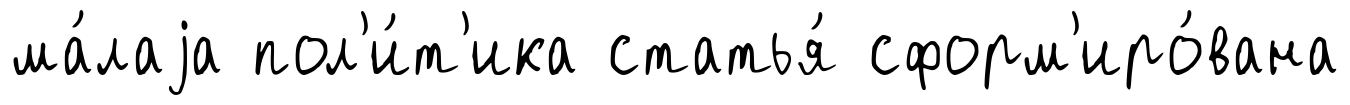
ма́лаjа пол'и́т'ика статья́ сформ'иро́вана